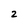
Character: 2